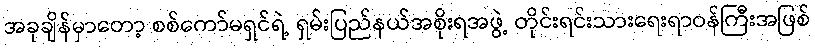
အခုချိန်မှာတော့ စစ်ကော်မရှင်ရဲ့ ရှမ်းပြည်နယ်အစိုးရအဖွဲ့ တိုင်းရင်းသားရေးရာဝန်ကြီးအဖြစ်